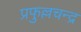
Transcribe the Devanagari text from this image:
प्रफुल्लचन्द्र